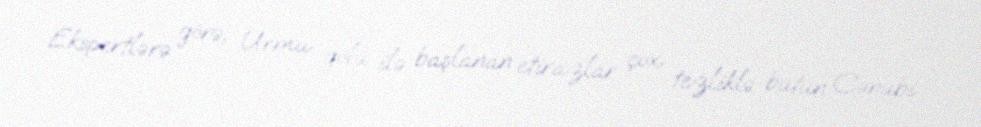
Ekspertlərə görə, Urmu gölü ilə başlanan etirazlar çox tezliklə bütün Cənubi